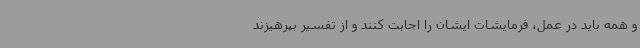
و همه باید در عمل، فرمایشات ایشان را اجابت کنند و از تفسیر بپرهیزند